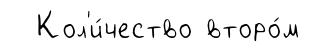
Кол'и́чество второ́м